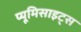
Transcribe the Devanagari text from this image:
प्यूमिसाइट्स